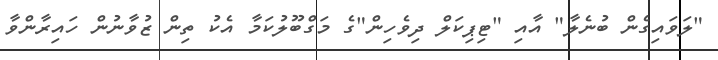
"ލަވައިގެން ބުނެލާ" އާއި "ޓިޕިކަލް ދިވެހިން"ގެ މަގްބޫލުކަމާ އެކު ތިން ޒުވާނުން ހައިރާންވާ